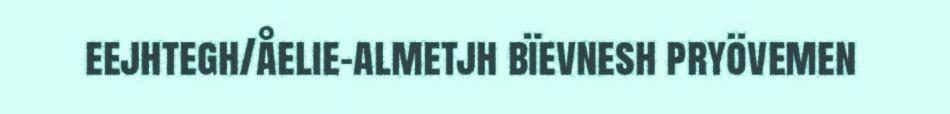
eejhtegh/åelie-almetjh bïevnesh pryövemen